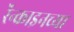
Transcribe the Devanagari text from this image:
रॅन्काइनच्या